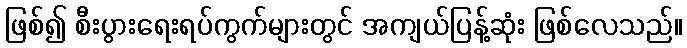
ဖြစ်၍ စီးပွားရေးရပ်ကွက်များတွင် အကျယ်ပြန့်ဆုံး ဖြစ်လေသည်။